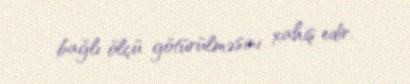
bağlı ölçü götürülməsini xahiş edir.